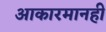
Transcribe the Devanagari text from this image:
आकारमानही